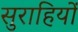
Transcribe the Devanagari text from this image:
सुराहियों